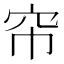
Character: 帘